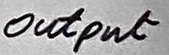
Text: Output